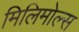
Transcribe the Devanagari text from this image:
मिलिमोल्स